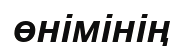
өнімінің